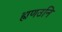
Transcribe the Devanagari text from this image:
ह्मणउनि